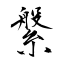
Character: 縏